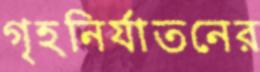
গৃহনির্যাতনের